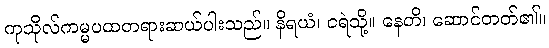
ကုသိုလ်ကမ္မပထတရားဆယ်ပါးသည်။ နိရယံ၊ ငရဲသို့။ နေတိ၊ ဆောင်တတ်၏။